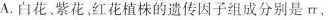
A.白花、紫花、红花植株的遗传因子组成分别是rr、